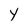
Character: Y